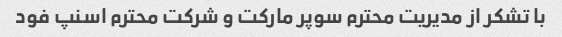
با تشکر از مدیریت محترم سوپر مارکت و شرکت محترم اسنپ فود